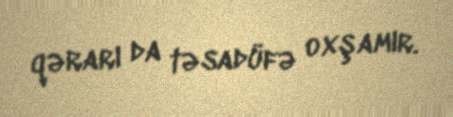
qərarı da təsadüfə oxşamır.